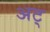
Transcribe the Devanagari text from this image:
अट्